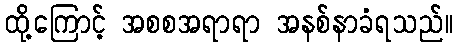
ထို့ကြောင့် အစစအရာရာ အနစ်နာခံရသည်။